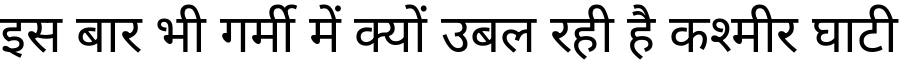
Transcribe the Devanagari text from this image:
इस बार भी गर्मी में क्यों उबल रही है कश्मीर घाटी